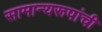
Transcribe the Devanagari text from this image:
सामान्यरूपांची